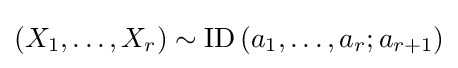
\left(X_{1},\ldots ,X_{r}\right)\sim \operatorname {ID} \left(a_{1},\ldots ,a_{r};a_{r+1}\right)